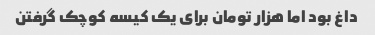
داغ بود اما هزار تومان برای یک کیسه کوچک گرفتن